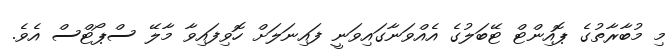
މި މުބާރާތުގެ ޕޮއިންޓް ޓޭބަލުގެ އެއްވަނާގައިވަނީ ފައިނަލަށް ހޮވިފައިވާ މާލޭ ސްޕޯޓްސް އެވެ.